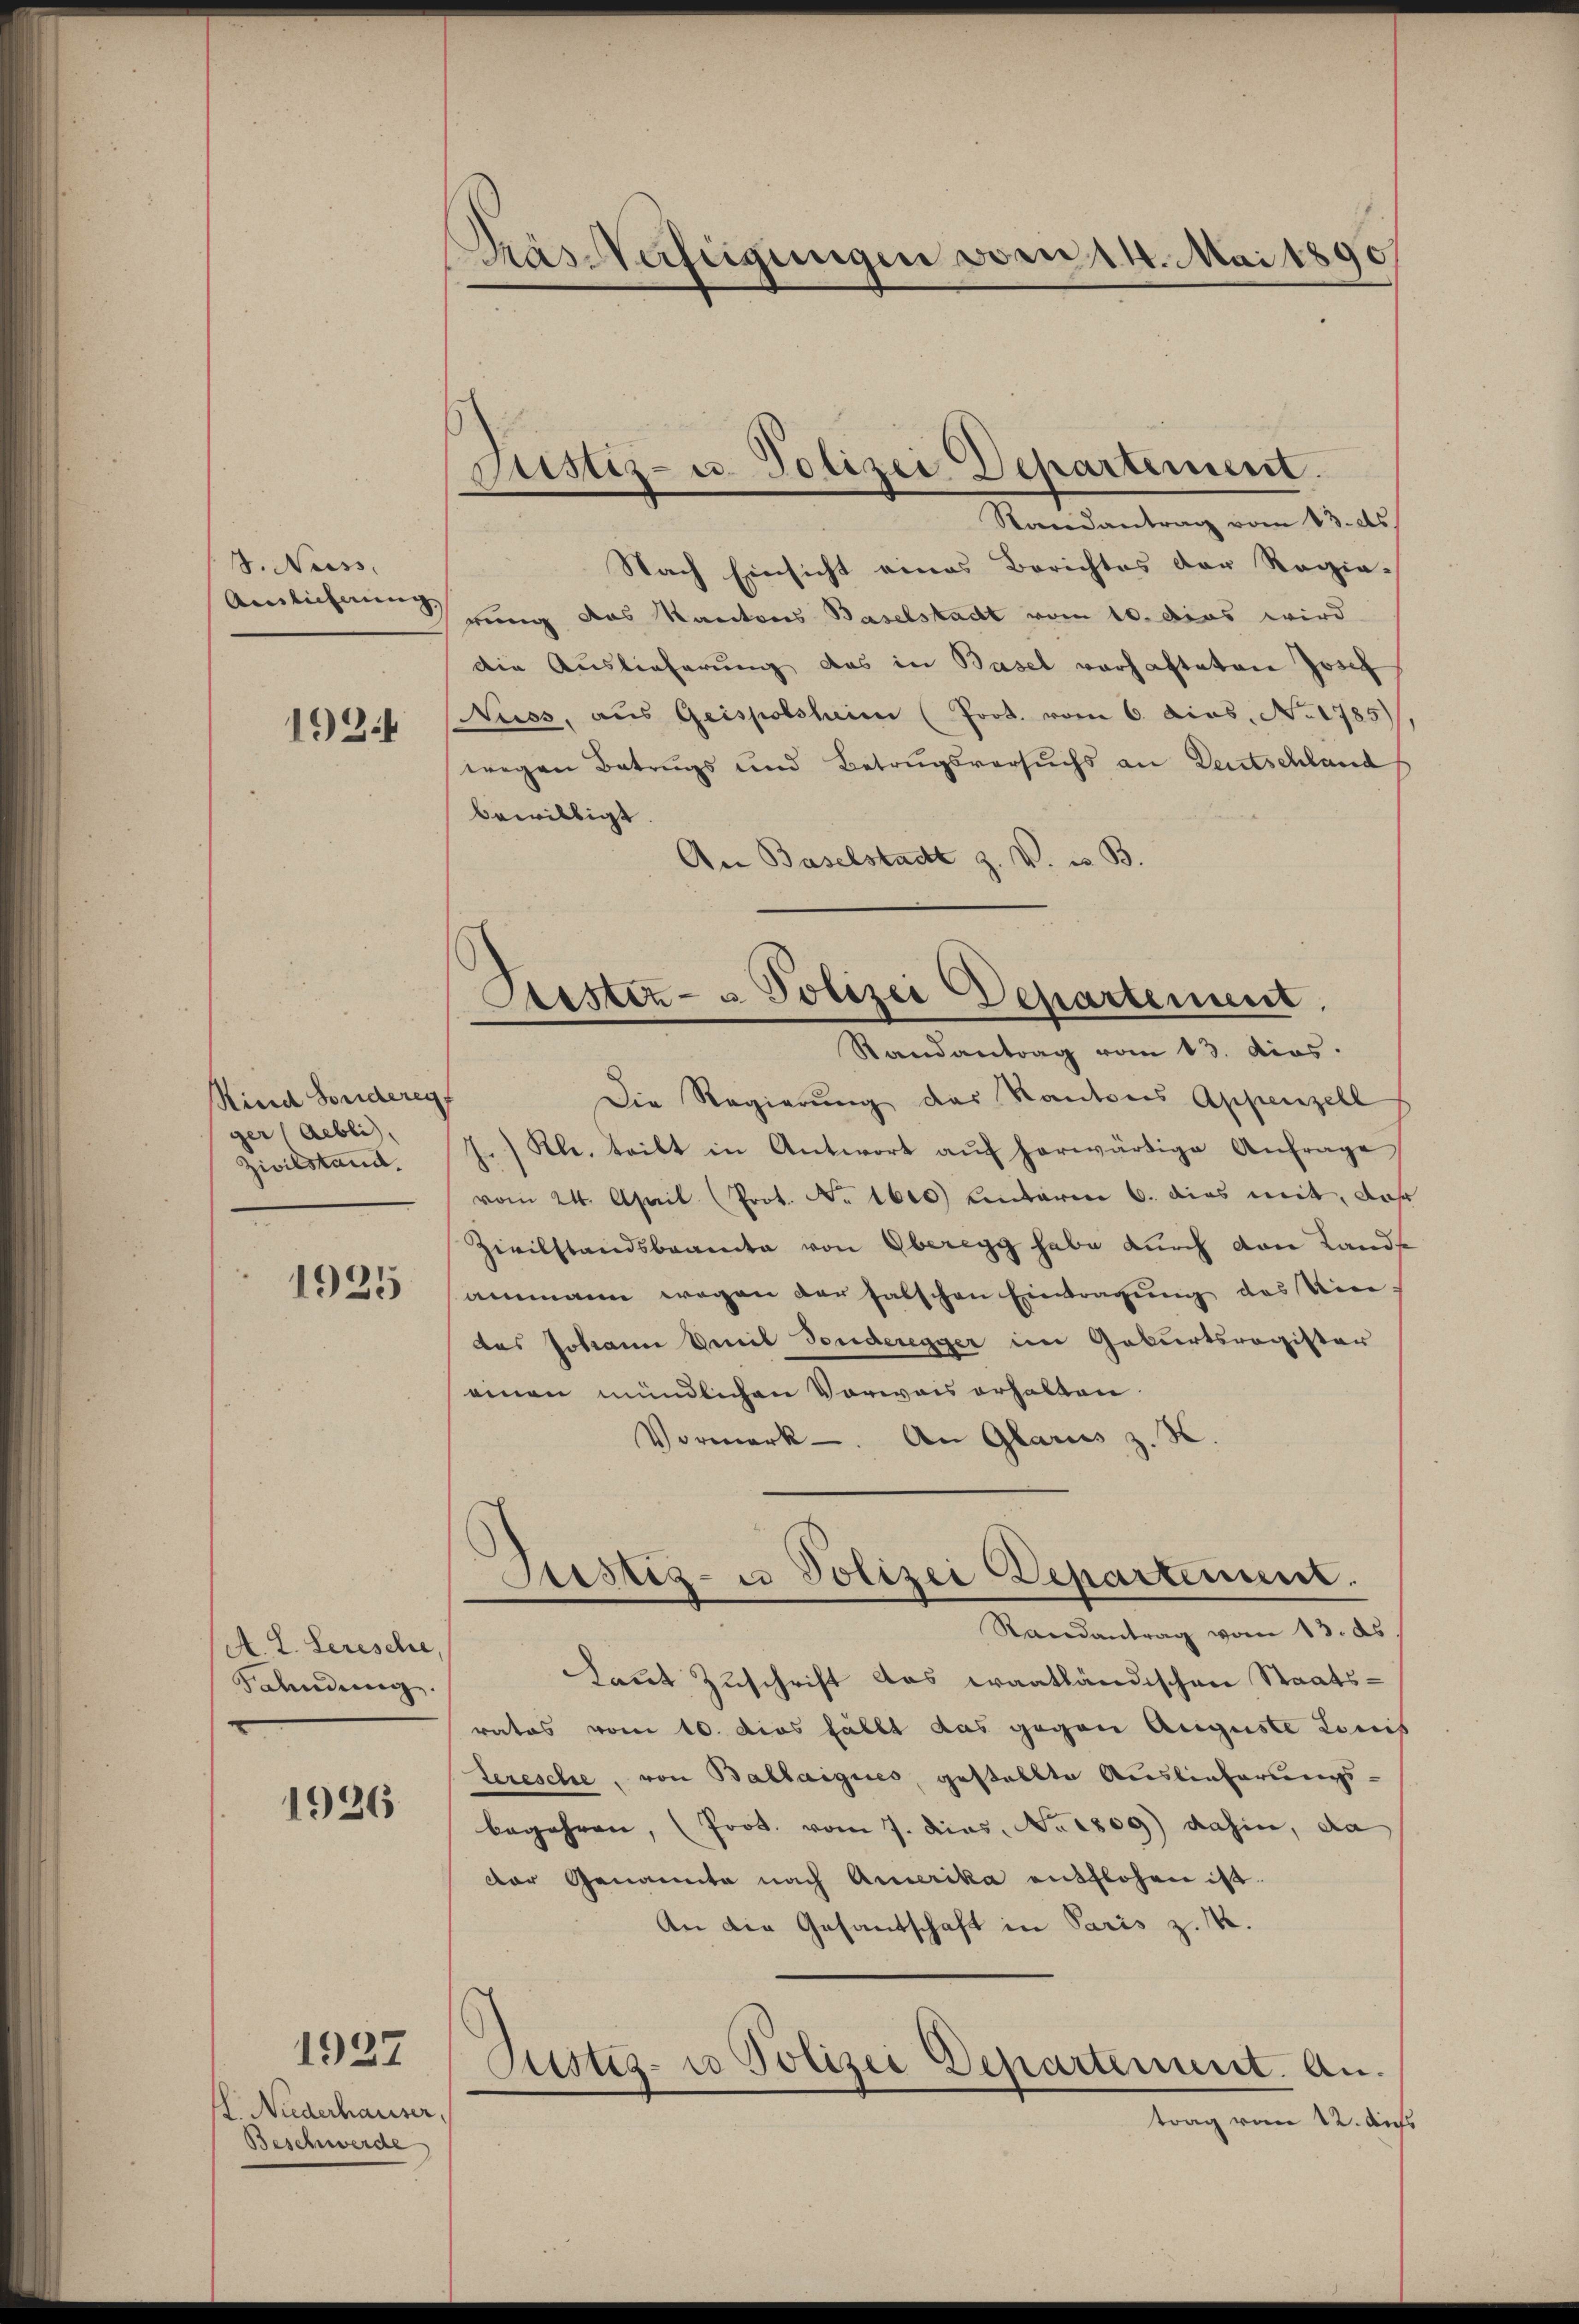
3. Neiss.
Ainlicherung,

1924

Kind Sonderen
ger (Aebli
Zivilstand.

1925

A. L. Serische,
Sahndung.

1926

1927

l. Niederhauser,
Beschwerde

Kräs-Verfügungen vom 14. Mai 1890

Justiz- u. Polizei Departement.
Randantrag vom 13. ds.

Nach Einsicht eines Berichtes der Regie-
rung das Kantons Baselstadt vom 10. dies wird
die Auslieferung das in Basel vorhafteten Josef
Nuss, aus Geispolsheim (Prot. vom 6. Dios. No. 1785)
wegen Betrugs und Betrugsversuchs an Deutschland
bewilligt.
An Baselstadt Z. V. u. B.
Die Regierung des Kantons Appenzell
Kl. teilt in Antwort aŭf herwärtige Anfrage
vom 24. April (Prot. No 1600) unterm 6. dies mit, daß
Zivilstandsbeamte von Oberegg habe durch von Landammann wegen der falschen Eintragung des Vere
das Johann benil Sonderegger im Geburtsregister
ainen mündlichen Vorwais erhalten.
Vormerk. An Glarus z. B.
Justiz- u Polizei Departinum.
Randantrag vom 13. ds
Laut Zuschrift das waatländischen Staatsrates vom 10. dies fällt das gegen Auguste Lonis
teresche, von Ballaigues, gestellte Auslieferungs-
begehren, (Prot. vom 7. dies No 1809) dahin, da
der Genannte nach Amerika entflohen ist.
An die Gesantschaft in Paris z. B.
Justiz- u Polizei Departement. An
trag vom 12. dess

Lister- u Polizei Departement,
Randantrag vom 13. dies.